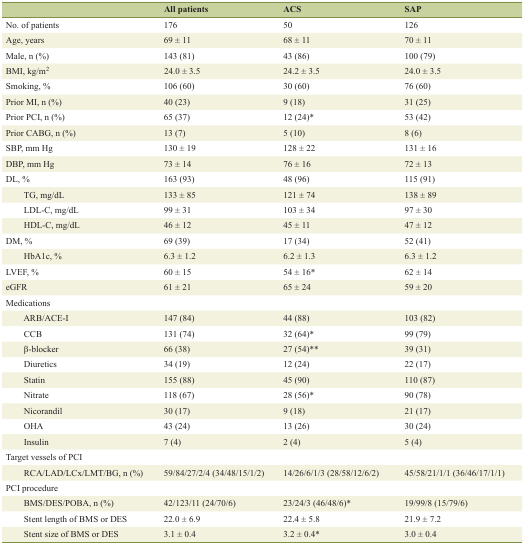
<table><thead><tr><td></td><td><b>All patients</b></td><td><b>ACS</b></td><td><b>SAP</b></td></tr></thead><tbody><tr><td>No. of patients</td><td>176</td><td>50</td><td>126</td></tr><tr><td>Age, years</td><td>69 ± 11</td><td>68 ± 11</td><td>70 ± 11</td></tr><tr><td>Male, n (%)</td><td>143 (81)</td><td>43 (86)</td><td>100 (79)</td></tr><tr><td>BMI, kg/m<sup>2</sup></td><td>24.0 ± 3.5</td><td>24.2 ± 3.5</td><td>24.0 ± 3.5</td></tr><tr><td>Smoking, %</td><td>106 (60)</td><td>30 (60)</td><td>76 (60)</td></tr><tr><td>Prior MI, n (%)</td><td>40 (23)</td><td>9 (18)</td><td>31 (25)</td></tr><tr><td>Prior PCI, n (%)</td><td>65 (37)</td><td>12 (24)*</td><td>53 (42)</td></tr><tr><td>Prior CABG, n (%)</td><td>13 (7)</td><td>5 (10)</td><td>8 (6)</td></tr><tr><td>SBP, mm Hg</td><td>130 ± 19</td><td>128 ± 22</td><td>131 ± 16</td></tr><tr><td>DBP, mm Hg</td><td>73 ± 14</td><td>76 ± 16</td><td>72 ± 13</td></tr><tr><td>DL, %</td><td>163 (93)</td><td>48 (96)</td><td>115 (91)</td></tr><tr><td>TG, mg/dL</td><td>133 ± 85</td><td>121 ± 74</td><td>138 ± 89</td></tr><tr><td>LDL-C, mg/dL</td><td>99 ± 31</td><td>103 ± 34</td><td>97 ± 30</td></tr><tr><td>HDL-C, mg/dL</td><td>46 ± 12</td><td>45 ± 11</td><td>47 ± 12</td></tr><tr><td>DM, %</td><td>69 (39)</td><td>17 (34)</td><td>52 (41)</td></tr><tr><td>HbA1c, %</td><td>6.3 ± 1.2</td><td>6.2 ± 1.3</td><td>6.3 ± 1.2</td></tr><tr><td>LVEF, %</td><td>60 ± 15</td><td>54 ± 16*</td><td>62 ± 14</td></tr><tr><td>eGFR</td><td>61 ± 21</td><td>65 ± 24</td><td>59 ± 20</td></tr><tr><td>Medications</td><td></td><td></td><td></td></tr><tr><td>ARB/ACE-I</td><td>147 (84)</td><td>44 (88)</td><td>103 (82)</td></tr><tr><td>CCB</td><td>131 (74)</td><td>32 (64)*</td><td>99 (79)</td></tr><tr><td>β-blocker</td><td>66 (38)</td><td>27 (54)**</td><td>39 (31)</td></tr><tr><td>Diuretics</td><td>34 (19)</td><td>12 (24)</td><td>22 (17)</td></tr><tr><td>Statin</td><td>155 (88)</td><td>45 (90)</td><td>110 (87)</td></tr><tr><td>Nitrate</td><td>118 (67)</td><td>28 (56)*</td><td>90 (78)</td></tr><tr><td>Nicorandil</td><td>30 (17)</td><td>9 (18)</td><td>21 (17)</td></tr><tr><td>OHA</td><td>43 (24)</td><td>13 (26)</td><td>30 (24)</td></tr><tr><td>Insulin</td><td>7 (4)</td><td>2 (4)</td><td>5 (4)</td></tr><tr><td>Target vessels of PCI</td><td></td><td></td><td></td></tr><tr><td>RCA/LAD/LCx/LMT/BG, n (%)</td><td>59/84/27/2/4 (34/48/15/1/2)</td><td>14/26/6/1/3 (28/58/12/6/2)</td><td>45/58/21/1/1 (36/46/17/1/1)</td></tr><tr><td>PCI procedure</td><td></td><td></td><td></td></tr><tr><td>BMS/DES/POBA, n (%)</td><td>42/123/11 (24/70/6)</td><td>23/24/3 (46/48/6)*</td><td>19/99/8 (15/79/6)</td></tr><tr><td>Stent length of BMS or DES</td><td>22.0 ± 6.9</td><td>22.4 ± 5.8</td><td>21.9 ± 7.2</td></tr><tr><td>Stent size of BMS or DES</td><td>3.1 ± 0.4</td><td>3.2 ± 0.4*</td><td>3.0 ± 0.4</td></tr></tbody></table>